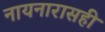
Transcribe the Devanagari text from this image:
नायनारासही